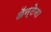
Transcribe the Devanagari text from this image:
ॲन्टेना